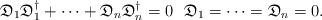
LaTeX: \begin{align*}\mathfrak D_1\mathfrak D_1^\dag + \cdots + \mathfrak D_n\mathfrak D_n^\dag = 0 \ \ \mathfrak D_1 = \cdots = \mathfrak D_n = 0.\end{align*}